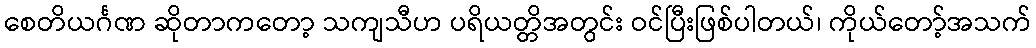
စေတိယင်္ဂဏ ဆိုတာကတော့ သကျသီဟ ပရိယတ္တိအတွင်း ဝင်ပြီးဖြစ်ပါတယ်၊ ကိုယ်တော့်အသက်